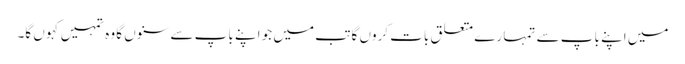
میں اپنے باپ سے تمہا رے متعلق بات کروں گا تب میں جو اپنے باپ سے سنوں گا وہ تمہیں کہوں گا۔